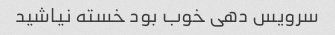
سرویس دهی خوب بود خسته نیاشید